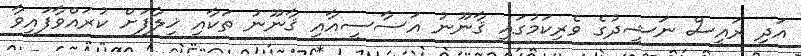
އަދި ރައީސް ނަޝީދުގެ ވެރިކަމުގައި ޤާނޫނު އަސާސީއާއި ޤާނޫނު ތަކާއި ޚިލާފަށް ކުރައްވާފައިވާ